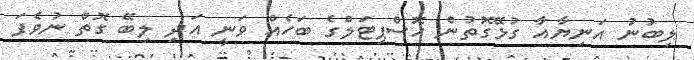
ލިބުނު އަނިޔާއާ ގުޅޭގޮތުން ހޮސްޕިޓަލްގެ ބަހެއް ވަނީ އަދި ލިބޭ ގޮތް ނުވެފަ